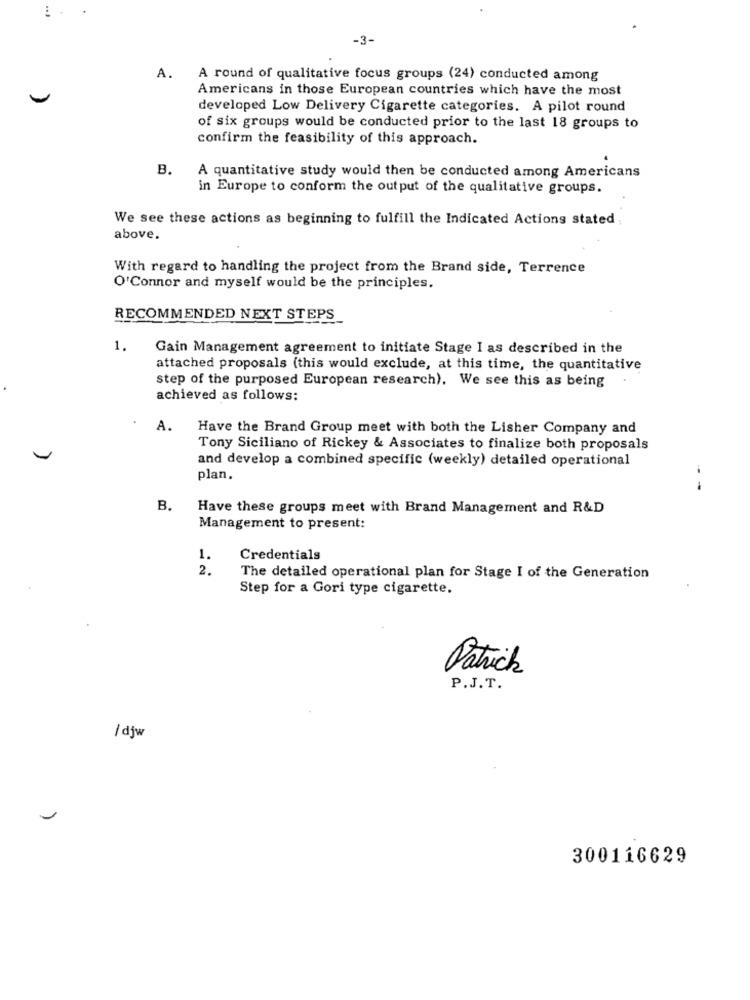
-3-
A.
A round of qualitative focus groups (24) conducted among
Americans in those European countries which have the most
developed Low Delivery Cigarette categories. A pilot round
of six groups would be conducted prior to the last 18 groups to
confirm the feasibility of this approach.
B.
A quantitative study would then be conducted among Americans
in Europe to conform the output of the qualitative groups.
We see these actions as beginning to fulfill the Indicated Actions stated
above.
With regard to handling the project from the Brand side, Terrence
O'Connor and myself would be the principles.
RECOMMENDED NEXT STEPS
1.
Gain Management agreement to initiate Stage I as described in the
attached proposals (this would exclude, at this time, the quantitative
step of the purposed European research). We see this as being
achieved as follows:
A.
Have the Brand Group meet with both the Lisher Company and
Tony Siciliano of Rickey & Associates to finalize both proposals
and develop a combined specific (weekly) detailed operational
plan.
- -
B
Have these groups meet with Brand Management and R&D
Management to present:
1.
Credentials
2.
The detailed operational plan for Stage I of the Generation
Step for a Gori type cigarette.
Patrick
P.J.T.
/ djw
300116629